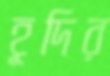
হূদির